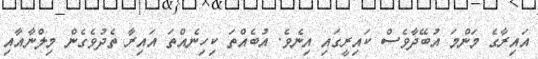
އައިރާގެ މަންމަ އުބޭދާވެސް ކައިރީގައި އިނެވެ. އުބެއްތަ ކިހިނެއްތަ އައިރާ ތެދުވެގެން މިލްނާއާއި